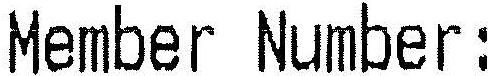
MEMBER NUMBER :